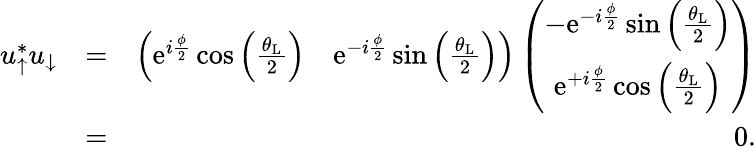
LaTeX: \begin{array}{rlr}{u_{\uparrow}^{*}u_{\downarrow}}&{=}&{\left(\begin{array}{cc}{\mathrm{e}^{i\frac{\phi}{2}}\cos\left(\frac{\theta_{\mathrm{L}}}{2}\right)}&{\mathrm{e}^{-i\frac{\phi}{2}}\sin\left(\frac{\theta_{\mathrm{L}}}{2}\right)}\end{array}\right)\left(\begin{array}{c}{-\mathrm{e}^{-i\frac{\phi}{2}}\sin\left(\frac{\theta_{\mathrm{L}}}{2}\right)}\\ {\mathrm{e}^{+i\frac{\phi}{2}}\cos\left(\frac{\theta_{\mathrm{L}}}{2}\right)}\end{array}\right)}\\ &{=}&{0.}\end{array}